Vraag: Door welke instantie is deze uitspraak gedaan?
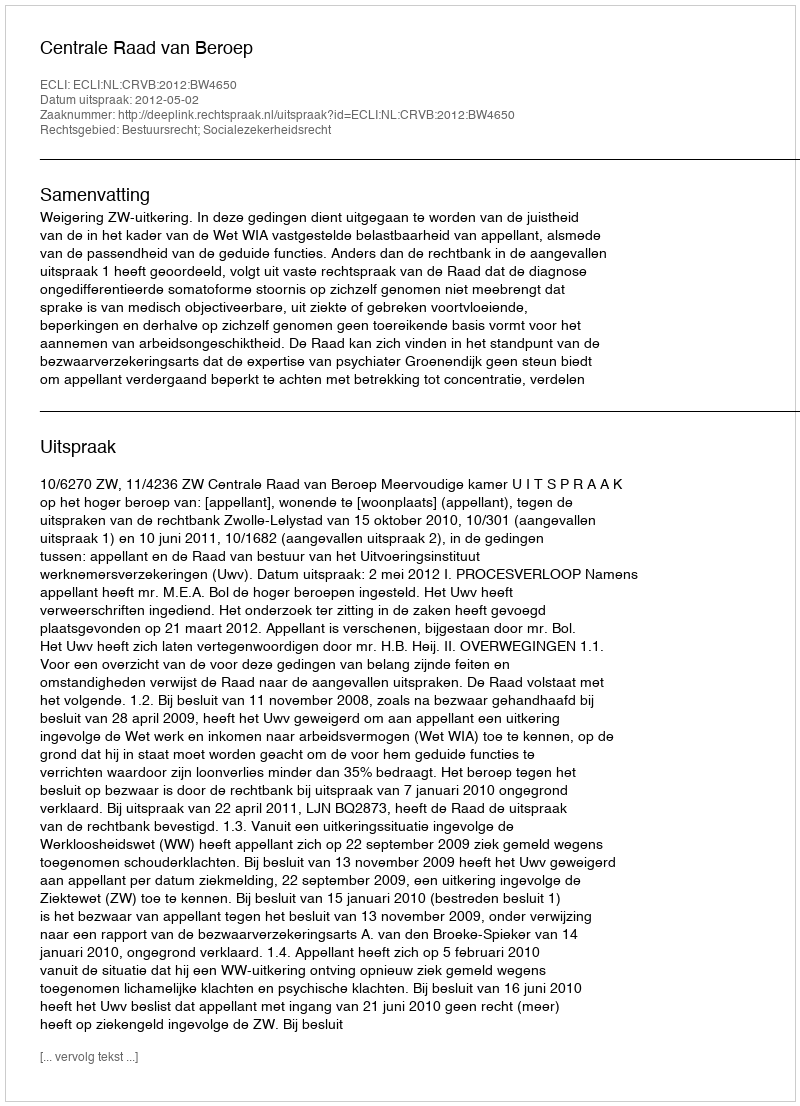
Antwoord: Centrale Raad van Beroep